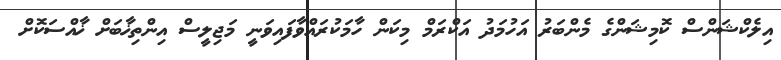
އިލެކްޝަންސް ކޮމިޝަންގެ މެންބަރު އަހުމަދު އަކްރަމް މިކަން ހާމަކުރައްވާފައިވަނީ މަޖިލީސް އިންތިޚާބަށް ޚާއްސަކޮށް